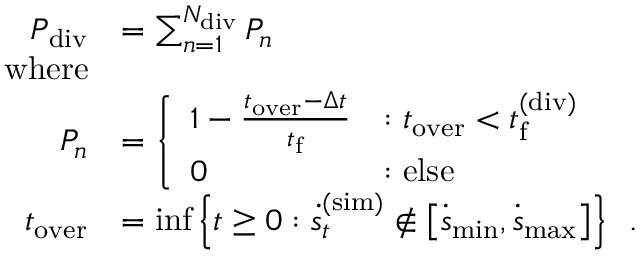
\begin{array} { r l } { P _ { \mathrm { d i v } } } & { = \sum _ { n = 1 } ^ { N _ { \mathrm { d i v } } } P _ { n } } \\ { \mathrm { w h e r e } } \\ { P _ { n } } & { = \left\{ \begin{array} { l l } { 1 - \frac { t _ { \mathrm { o v e r } } - \Delta t } { t _ { \mathrm { f } } } } & { : t _ { \mathrm { o v e r } } < t _ { \mathrm { f } } ^ { \mathrm { ( d i v ) } } } \\ { 0 } & { : \mathrm { e l s e } } \end{array} \right. } \\ { t _ { \mathrm { o v e r } } } & { = \operatorname* { i n f } \left\{ t \geq 0 : \boldsymbol { \dot { s } } _ { t } ^ { ( \mathrm { s i m } ) } \not \in \left[ \dot { \boldsymbol { s } } _ { \mathrm { m i n } } , \dot { \boldsymbol { s } } _ { \mathrm { m a x } } \right] \right\} \enspace . } \end{array}